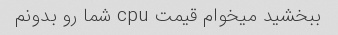
ببخشید میخوام قیمت cpu شما رو بدونم